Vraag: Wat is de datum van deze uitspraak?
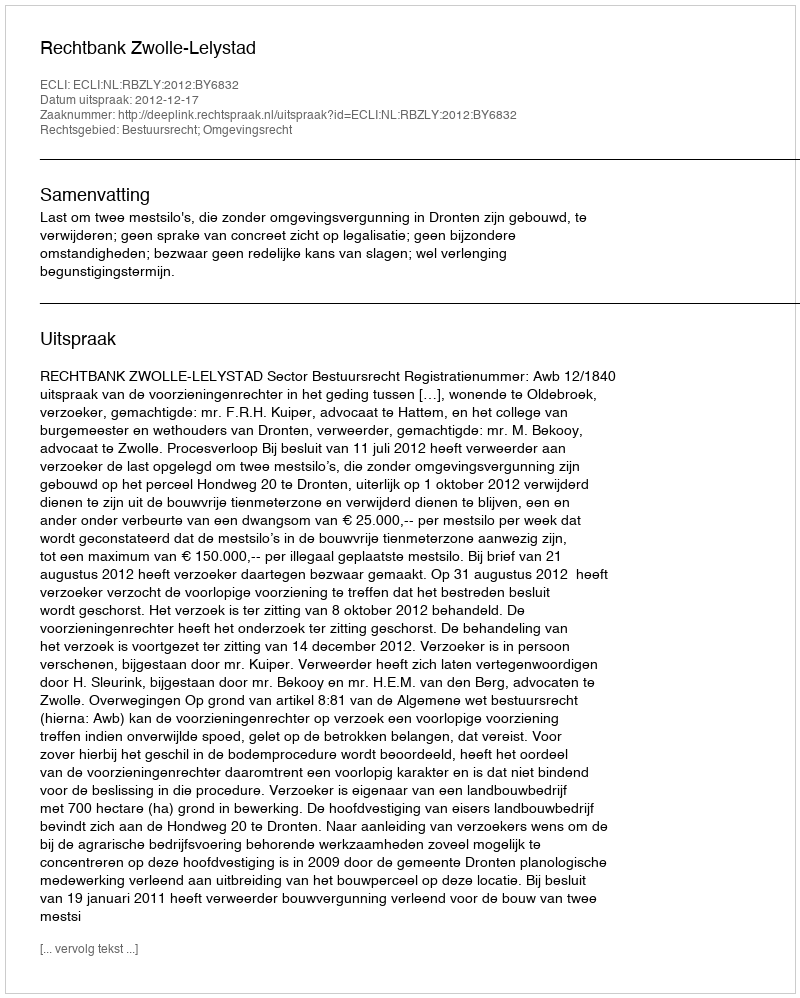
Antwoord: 2012-12-17